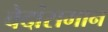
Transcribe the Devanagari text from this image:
वेदांसमान